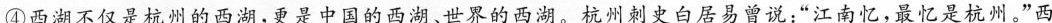
④西湖不仅是杭州的西湖，更是中国的西湖、世界的西湖。杭州刺史白居易曾说：”江南忆，最忆是杭州。”西